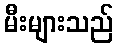
မီးများသည်